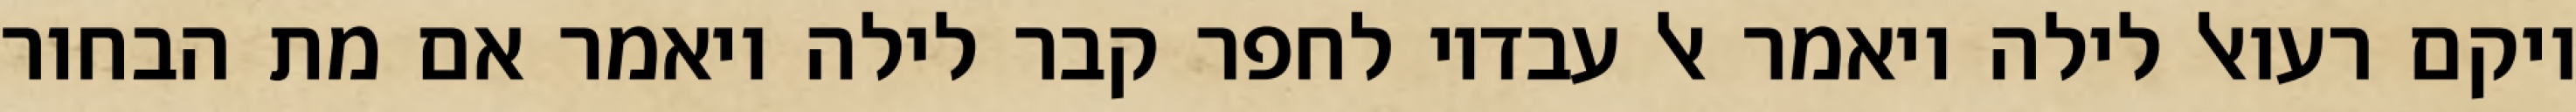
ויקם רעואל לילה ויאמר אל עבדיו לחפר קבר לילה ויאמר אם מת הבחור